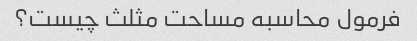
فرمول محاسبه مساحت مثلث چیست؟